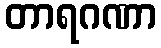
တာရဂဏာ